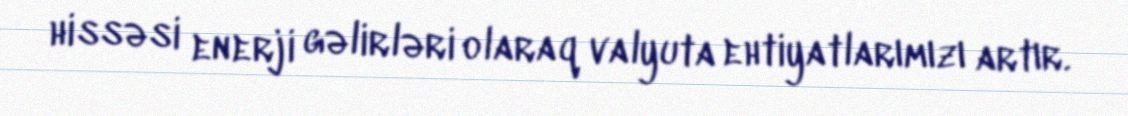
hissəsi enerji gəlirləri olaraq valyuta ehtiyatlarımızı artır.